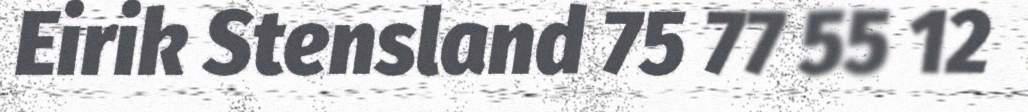
Eirik Stensland 75 77 55 12